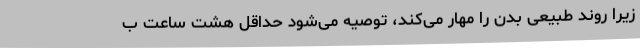
زیرا روند طبیعی بدن را مهار می‌کند، توصیه می‌شود حداقل هشت ساعت ب